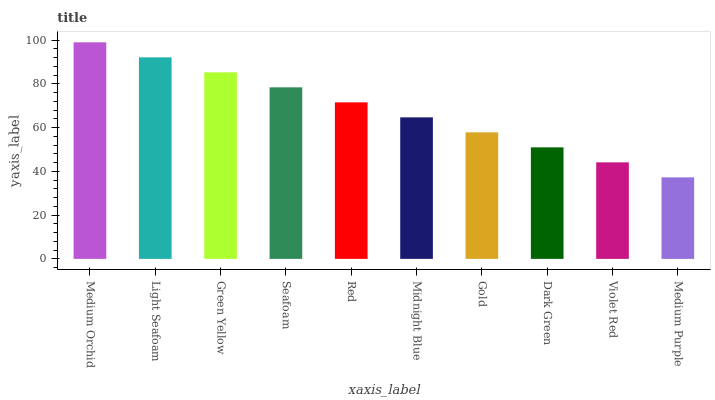
| xaxis_label | bars |
 | --- | --- |
 | Medium Orchid | 99 |
 | Light Seafoam | 92.1 |
 | Green Yellow | 85.3 |
 | Seafoam | 78.4 |
 | Red | 71.6 |
 | Midnight Blue | 64.7 |
 | Gold | 57.8 |
 | Dark Green | 51 |
 | Violet Red | 44.1 |
 | Medium Purple | 37.3 |